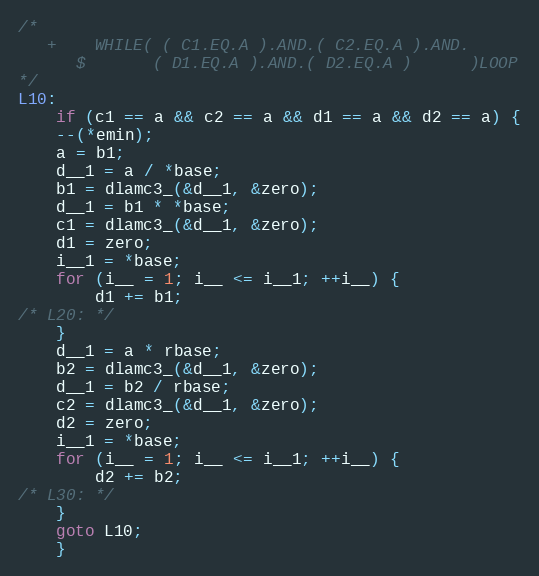
Language: C
/*
   +    WHILE( ( C1.EQ.A ).AND.( C2.EQ.A ).AND.
      $       ( D1.EQ.A ).AND.( D2.EQ.A )      )LOOP
*/
L10:
    if (c1 == a && c2 == a && d1 == a && d2 == a) {
	--(*emin);
	a = b1;
	d__1 = a / *base;
	b1 = dlamc3_(&d__1, &zero);
	d__1 = b1 * *base;
	c1 = dlamc3_(&d__1, &zero);
	d1 = zero;
	i__1 = *base;
	for (i__ = 1; i__ <= i__1; ++i__) {
	    d1 += b1;
/* L20: */
	}
	d__1 = a * rbase;
	b2 = dlamc3_(&d__1, &zero);
	d__1 = b2 / rbase;
	c2 = dlamc3_(&d__1, &zero);
	d2 = zero;
	i__1 = *base;
	for (i__ = 1; i__ <= i__1; ++i__) {
	    d2 += b2;
/* L30: */
	}
	goto L10;
    }